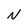
Character: N